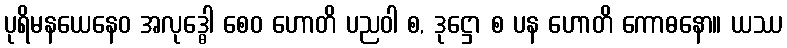
ပုရိမနယေနေဝ အလုဒ္ဓေါ စေဝ ဟောတိ ပညဝါ စ, ဒုဋ္ဌော စ ပန ဟောတိ ကောဓနော။ ယဿ